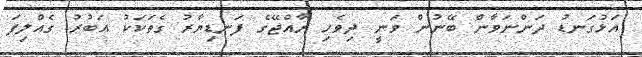
އަޅުގަނޑު ދަންނަވާން ބޭނުން ވަނީ ދިވެހި ރާއްޖޭގެ ފަނޑިޔާރު ގެތަކަކު އަބުރު ގެއްލިފަ